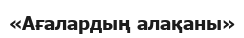
«Ағалардың алақаны»